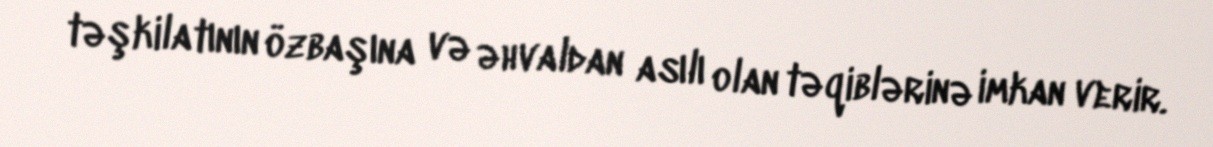
təşkilatının özbaşına və əhvaldan asılı olan təqiblərinə imkan verir.